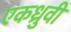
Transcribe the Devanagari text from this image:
एकध्रुवी